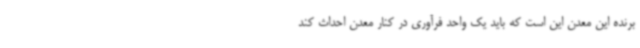
برنده این معدن این است که باید یک واحد فرآوری در کنار معدن احداث کند